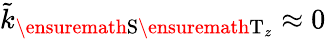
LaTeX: \tilde{k}_{\ensuremath{\mathrm{S}}\ensuremath{\mathrm{T}}_{z}}\approx 0